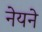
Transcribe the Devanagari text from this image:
नेयने